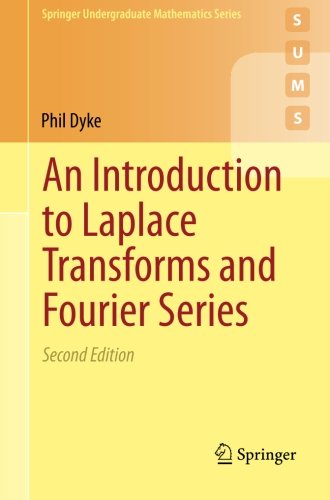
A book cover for An Introduction to Laplace Transforms and Fourier Series (Springer Undergraduate Mathematics Series); Phil Dyke; Science & Math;